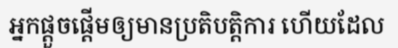
អ្នកផ្តួចផ្តើមឲ្យមានប្រតិបត្តិការ ហើយដែល